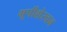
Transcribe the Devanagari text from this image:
भूपीशेरचन